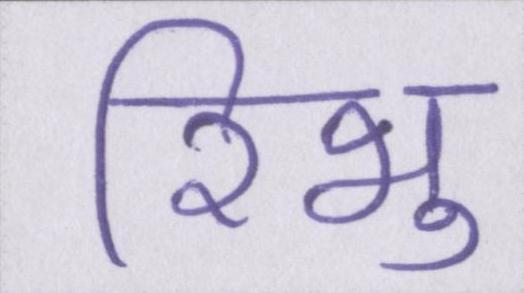
रिभु